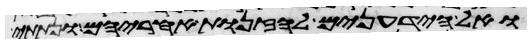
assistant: ואל הידעונים לזנות אחריהם ונתתי